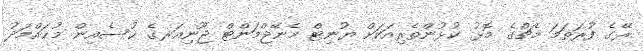
ރޭގެ ފުރަތަމަ މެޗްގެ މޮޅު ކުޅުންތެރިއަކަށް ޔުނިޓް މެނޭޖްމަންޓް ޖޫނިއަރގެ ޙުސެއިން މުޙައްމަދު